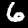
Label: 6